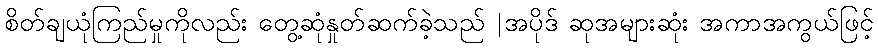
စိတ်ချယုံကြည်မှုကိုလည်း တွေ့ဆုံနှုတ်ဆက်ခဲ့သည် |အပိုဒ် ဆုအများဆုံး အကာအကွယ်ဖြင့်